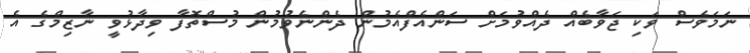
ނަމަވެސް ވަކި ޖަވާބެއް ދެއްވުމަށް ސަންއެފްއެމުން ދެންނެވުމުން މުސްތޮފާ ވިދާޅުވީ ނާޒިމްގެ އެ